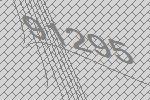
91295